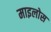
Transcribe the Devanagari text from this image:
माइलोस